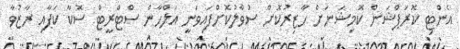
އެންޓި ކޮރަޕްޝަން ކޮމިޝަނަށް ހާޒިރުކޮށް ސުވާލުކޮށްފައިވަނީ އަލްހާން ސްޓްރީޓް ސޮކާ ކަޕާއި ރާޒުވާ